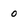
Character: o